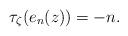
LaTeX: \begin{align*}\tau_\zeta(e_n(z)) = -n.\end{align*}